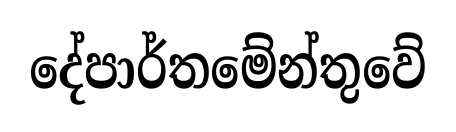
දේපාර්තමේන්තුවේ